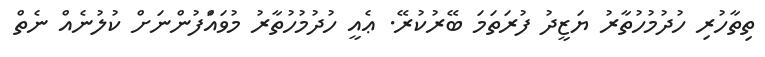
ތިތާހުރި ހުދުމުހުތާރު ޔަޒީދު ފުރަތަމަ ބޭރުކުރޭ. ޢެއީ ހުދުމުހުތާރު މުވައްަފުންނަށް ކުލުނެއް ނެތް